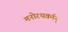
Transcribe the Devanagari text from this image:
मनोरथवर्मन्